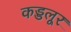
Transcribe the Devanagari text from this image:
कड्डलूर